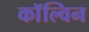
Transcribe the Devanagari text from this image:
काॅल्विन